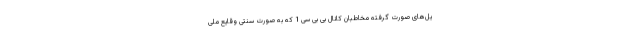
یل‌های صورت گرفته مخاطبان کانال بی بی سی 1 که به صورت سنتی وقایع ملی